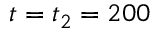
t = t _ { 2 } = 2 0 0